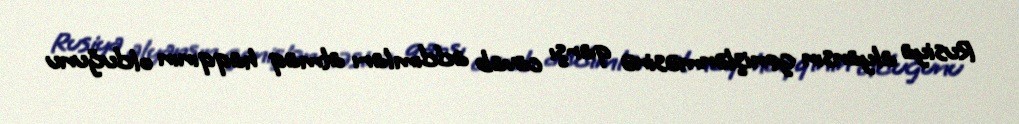
Rusiya alyansın genişlənməsinə qarşı cavab addımları atmaq haqqının olduğunu